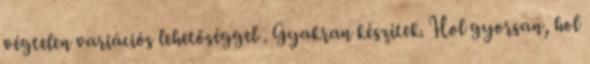
végtelen variációs lehetőséggel . Gyakran készítek. Hol gyorsan, hol